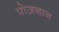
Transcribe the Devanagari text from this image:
पोज़नान